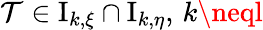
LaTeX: \mathcal{T}\in\mathrm{{{I}}}_{k,\xi}\cap\mathrm{{{I}}}_{k,\eta},\, k\neql